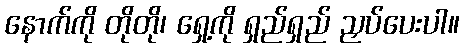
နောက်ကို တိုတို၊ ရှေ့ကို ရှည်ရှည် ညှပ်ပေးပါ။